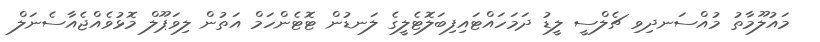
މައުލޫމާތު މުއްސަނދިވި ޗެލްސީ ލީޑު ދަމަހައްޓައިފިބަލޮޓެލީގެ ލަނޑުން ޓޮޓެންހަމް އަތުން ލިވަޕޫލް މޮޅުވެއްޖެއާސެނަލް